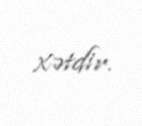
xətdir.